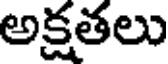
అక్షతలు